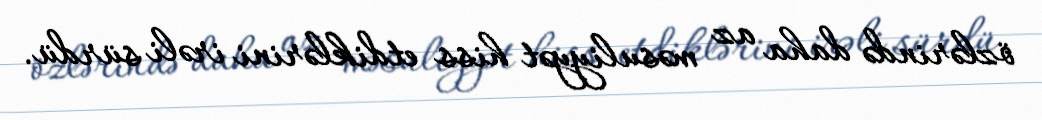
özlərində daha az məsuliyyət hiss etdiklərini irəli sürdü.